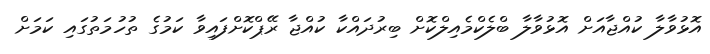
އޮޅުވާލާ ކުއްޖާއަށް އޮޅުވާލާ ބްލެކްމެއިލްކޮށް ބިރުދައްކާ ކުއްޖާ ރޭޕްކޮށްފައިވާ ކަމުގެ ތުހުމަތުގައި ކަމަށް